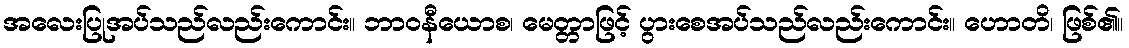
အလေးပြုအပ်သည်လည်းကောင်း။ ဘာဝနီယောစ၊ မေတ္တာဖြင့် ပွားစေအပ်သည်လည်းကောင်း။ ဟောတိ၊ ဖြစ်၏။